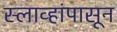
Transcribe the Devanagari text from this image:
स्लाव्हांपासून